Vaccination in Bombay 1913-1923 - 1913-1923
Year: 1913
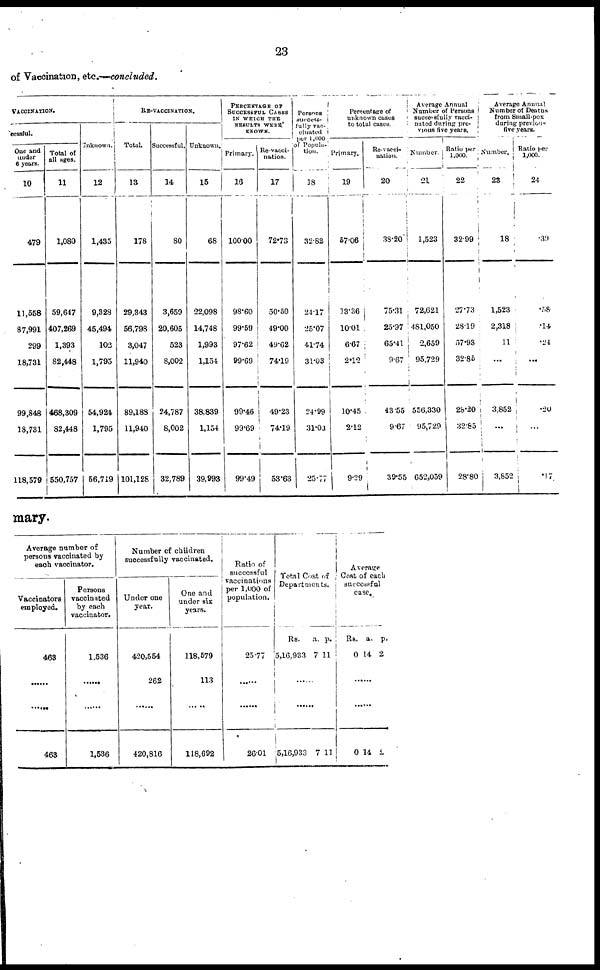
23
of Vaccination, etc.—concluded.
VACCINATION.
cessful.
One and
under
6 years.
10
479
11,558
87,991
299
18,731
99,848
18,731
118,579
Total of
all ages.
11
1,080
59,647
407,269
1,393
82,448
468,309
82,448
550,757
Unknown.
12
1,435
9,328
45,494
103
1,795
54,924
1,795
56,719
RE-VACCINATION.
Total.
13
178
29,343
56,798
3,047
11,940
89,188
11,940
101,128
Successful.
14
80
3,659
20,605
523
8,002
24,787
8,002
32,789
Unknown.
15
68
22,098
14,748
1,993
1,154
38,839
1,154
39,993
PERCENTAGE OF
SUCCESSFUL CASES
IN WHICH THE
RESULTS WERE
KNOWN.
Primary.
16
100.00
98.60
99.59
97.62
99.69
99.46
99.69
99.49
Re-vacci-
nation.
17
72.73
50.50
49.00
49.62
74.19
49.23
74.19
53.63
Persons
success-
fully vac-
cinated
per 1,000
of Popula-
tion.
18
32.82
24.17
25.07
41.74
31.03
24.99
31.03
25.77
Percentage of
unknown cases
to total cases.
Primary.
19
57.06
13.36
10.01
6.67
2.12
10.45
2.12
9.29
Re-vacci-
nation.
20
38.20
75.31
25.97
65.41
9.67
43.55
9.67
39.55
Average Annual
Number of Persons
successfully vacci-
nated during pre-
vious five years.
Number.
21
1,523
72,621
481,050
2,659
95,729
556,330
95,729
652,059
Ratio per
1,000.
22
32.99
27.73
28.19
57.93
32.85
28.20
32.85
28.80
Average Annual
Number of Deaths
from Small-pox
during previous
five years.
Number.
23
18
1,523
2,318
11
...
3,852
...
3,852
Ratio per
1,000.
24
.39
.58
.14
. 24
...
.20
...
.I7
mary.
Average number of
persons vaccinated by
each vaccinator.
Vaccinators
employed.
463
......
......
463
Persons
vaccinated
by each
vaccinator.
1,536
......
......
1,536
Number of children
successfully vaccinated.
Under one
year.
420,554
262
......
420,816
One and
under six
years.
118,579
113
......
118,692
Ratio of
successful
vaccinations
per 1,000 of
population.
25.77
......
......
2601
Total Cost of
Departments.
Rs.
5,16,933
a.
7
p.
11
......
......
5,16,933 7 11
Average
Cost of each
successful
case.
Rs.
0
a.
14
p.
2
......
......
0 14 2